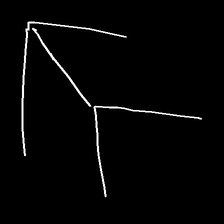
Glyph: gather